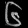
Digit: ၆